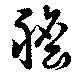
胆